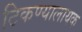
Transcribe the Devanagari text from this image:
टिकण्यालायक